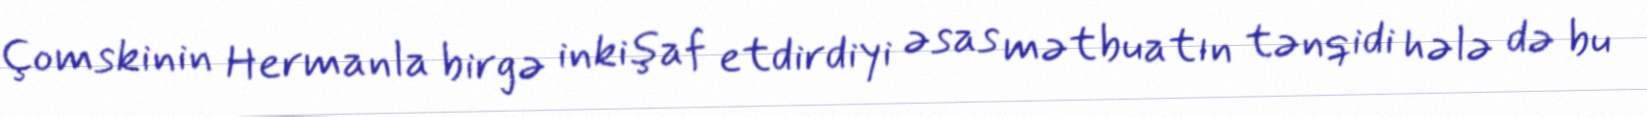
Çomskinin Hermanla birgə inkişaf etdirdiyi əsas mətbuatın tənqidi hələ də bu